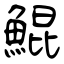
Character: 鯤